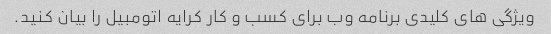
ویژگی های کلیدی برنامه وب برای کسب و کار کرایه اتومبیل را بیان کنید.